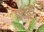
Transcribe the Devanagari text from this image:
घळही